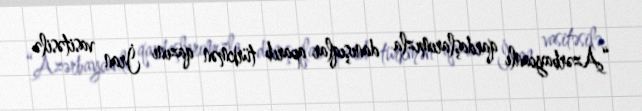
“Azərbaycanlı qardaşlarımızla danışıqlar aparıb türkmən qazını İran vasitəsilə